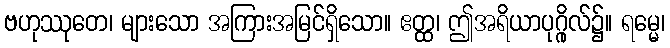
ဗဟုဿုတေ၊ များသော အကြားအမြင်ရှိသော။ ဧတ္ထ၊ ဤအရိယာပုဂ္ဂိုလ်၌။ ရမ္မေ၊